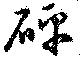
砰